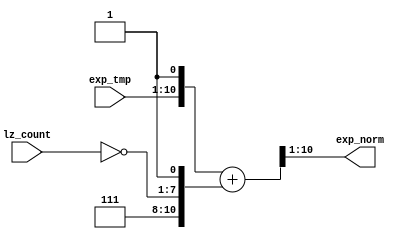
//=====================================================
//Revision	: v1.0
//Description: adjust exponent part accroding to lz_count
//------------------------------------------------------------
//Copyright(c)by VLSI lab of Tianjin university
//all rights reserved
//========================================================================
module  exp_adjust  (
                    exp_tmp,
                    lz_count,

                    exp_norm
                    );
//I/O
input   [9:0]   exp_tmp;
input   [6:0]   lz_count;

output  [9:0]   exp_norm;

wire    [10:0]  exp_norm_tmp;

assign  exp_norm_tmp    = {exp_tmp,1'b1} + {3'b111,~lz_count,1'b1};//equal to exp_tmp-{3'd0,lz_count}
assign  exp_norm        = exp_norm_tmp[10:1];
endmodule